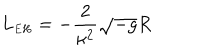
L _ { { \scriptscriptstyle E H } } = - \frac { 2 } { \kappa ^ { 2 } } \sqrt { - g } R